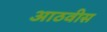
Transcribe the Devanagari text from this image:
आठवीस